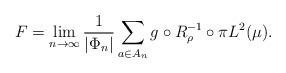
LaTeX: \begin{align*} F = \lim_{n\to \infty} \frac{1}{|\Phi_{n}|} \sum_{a \in A_{n}} g\circ R_{\rho}^{-1}\circ \pi L^{2}(\mu).\end{align*}